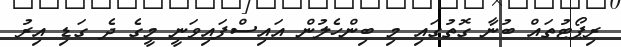
ރިޕޯޓުތައް ބުނާ ގޮތުގައި މި ބިންހެލުން އައިސްފައިވަނީ މީގެ ދެ ގަޑި އިރު